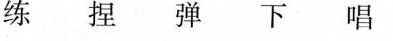
练捏弹下唱